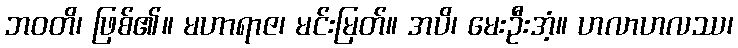
ဘဝတိ၊ ဖြစ်၏။ မဟာရာဇ၊ မင်းမြတ်။ အပိ၊ မေးဦးအံ့။ ဟလာဟလဿ၊